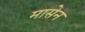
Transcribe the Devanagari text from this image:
मासेन